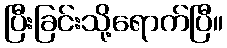
ပြီးခြင်းသို့ရောက်ပြီ။